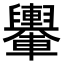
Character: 𨏮